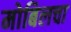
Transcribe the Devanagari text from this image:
मोबिलचा